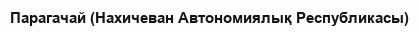
Парагачай (Нахичеван Автономиялық Республикасы)